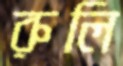
রুলি